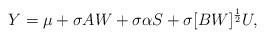
LaTeX: \begin{align*}Y = \mu + \sigma A W + \sigma \alpha S + \sigma [B W ]^{\frac{1}{2}} U,\end{align*}